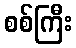
စစ်ကြီး